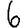
Digit: 6